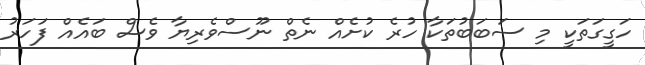
ހަގީގަތަކީ މި ސަބަބުތަކާ ހުރެ ކުށެއް ނެތް ނޫސްވެރިޔާ ވެސް ބައެއް ފަހަރު